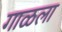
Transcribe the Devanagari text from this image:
गाळला